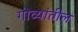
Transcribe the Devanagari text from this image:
गोव्यांतील